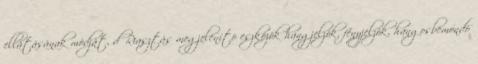
ellátásának módját, d Riasztás megjelenítõ eszközök hangjelzõk, fényjelzõk, hangosbemondó